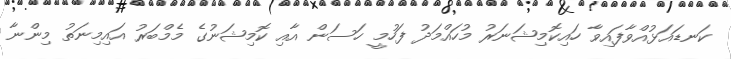
ކަނޑައަޅުއްވާފައިވާ ހައިކޮމިޝަނަރު މުހައްމަދު ފަހުމީ ހަސަން އާއި ކޮމިޝަނުގެ މެމްބަރު އައިމިނަތު މިންނާ